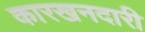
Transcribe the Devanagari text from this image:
कारखनदारी